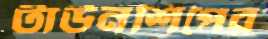
টাউনশিপের